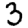
Digit: 3